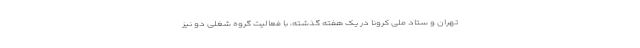
تهران و ستاد ملی کرونا در یک هفته گذشته، با فعالیت گروه شغلی دو نیز